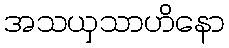
အသယှသာဟိနော